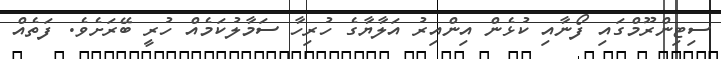
ސިޓިންރޫމްގައި ފޯނާއި ކުޅެން އިންއިރު އަލާޔާގެ ހުރިހާ ސަމާލުކަމެއް ހުރީ ބޭރަށެވެ. ފަތެއް